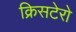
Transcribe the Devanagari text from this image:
क्रिसटेरो